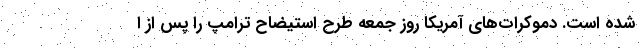
شده است. دموکرات‌های آمریکا روز جمعه طرح استیضاح ترامپ را پس از ا